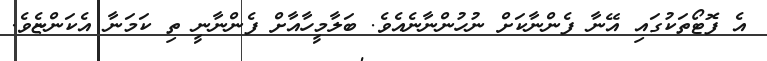
އެ ފޮޓޯތަކުގައި އޭނާ ފެންނާކަށް ނުހުންނާނެއެވެ. ބަލާމީހާއާށް ފެންނާނީ ތި ކަމަނާ އެކަންޏެވެ.